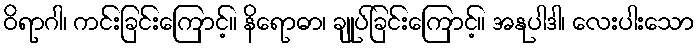
ဝိရာဂါ၊ ကင်းခြင်းကြောင့်။ နိရောဓာ၊ ချုပ်ခြင်းကြောင့်။ အနုပါဒါ၊ လေးပါးသော